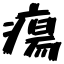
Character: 瘍